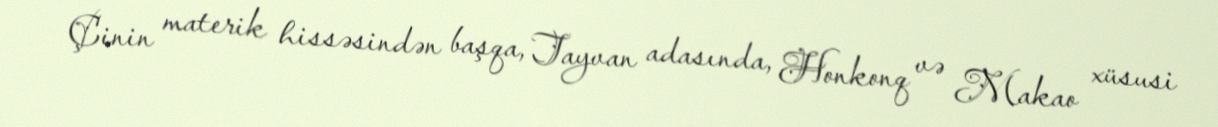
Çinin materik hissəsindən başqa, Tayvan adasında, Honkonq və Makao xüsusi